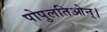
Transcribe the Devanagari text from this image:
पोपुलतिओन्।